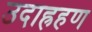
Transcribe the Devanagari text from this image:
उदाह्रहण